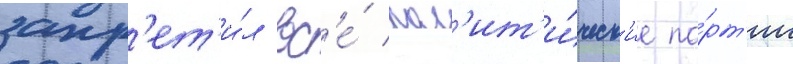
запр'ет'и́л вс'е́ пол'ит'и́ческ'ие па́рт'ии